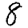
Digit: 8